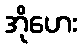
အိုဟေး